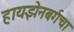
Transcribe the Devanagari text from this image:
हायझेनबर्गचा